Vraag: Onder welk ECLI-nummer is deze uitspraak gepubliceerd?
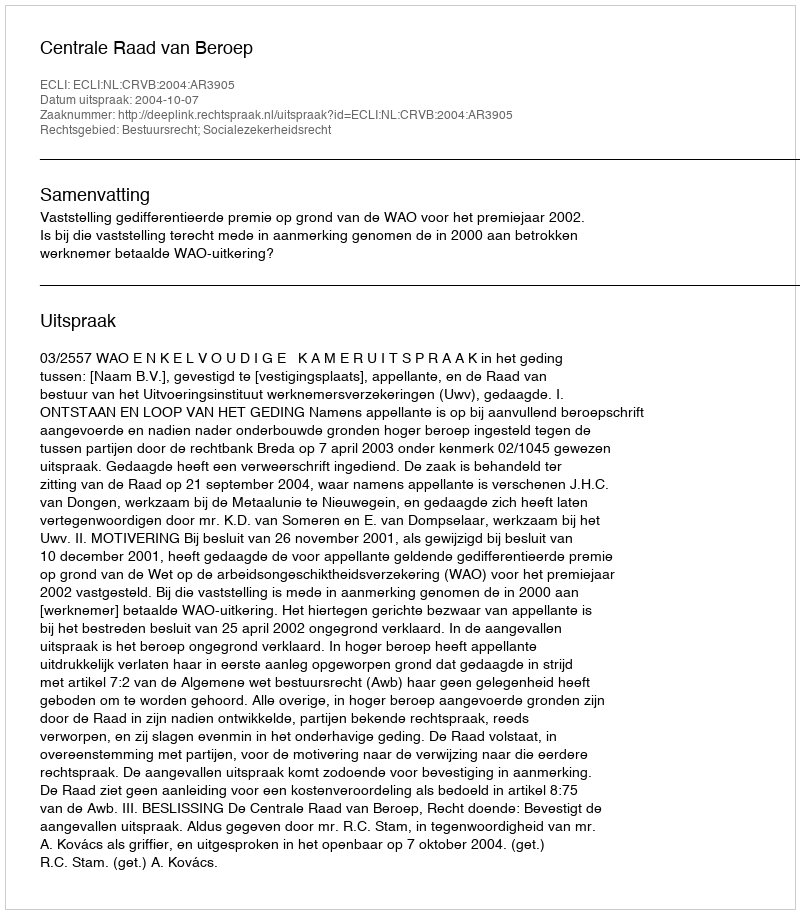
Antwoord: ECLI:NL:CRVB:2004:AR3905